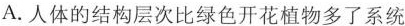
A.人体的结构层次比绿色开花植物多了系统